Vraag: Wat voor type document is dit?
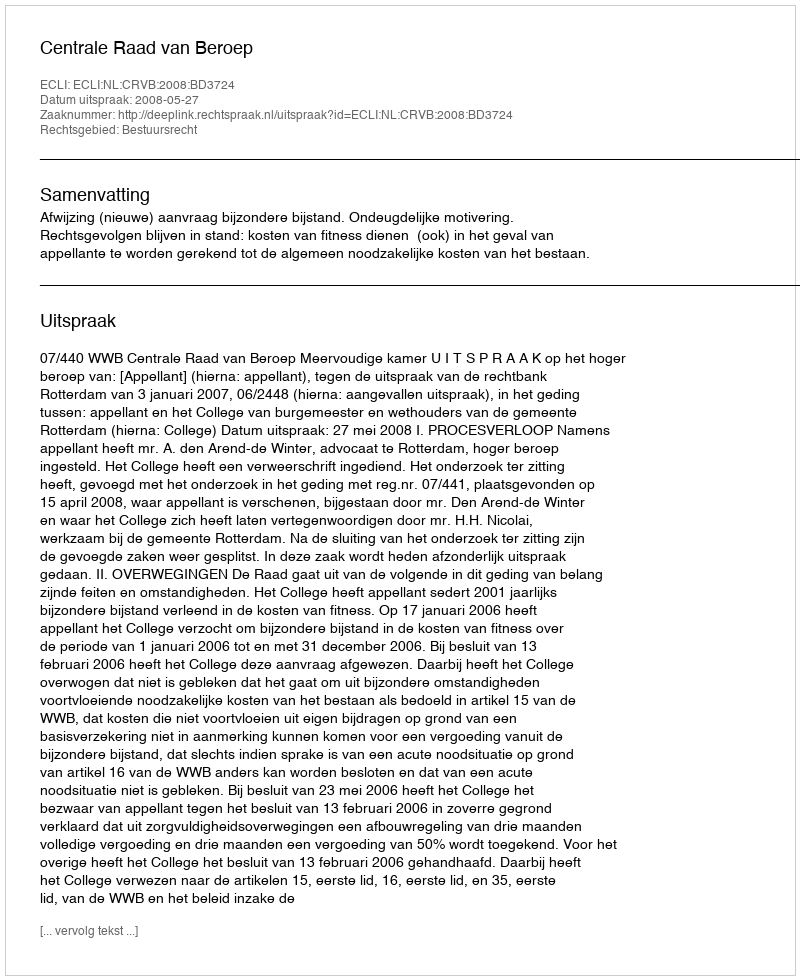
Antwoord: Uitspraak